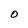
Character: O